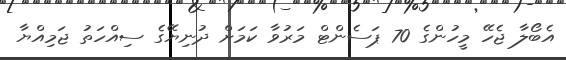
އެބޯލާ ޖެހޭ މީހުންގެ 70 ޕަސެންޓް މަރުވާ ކަމަށް ދުނިޔޭގެ ސިއްހަތު ޖަމިއްޔާ